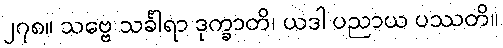
၂၇၈။ သဗ္ဗေ သင်္ခါရာ ဒုက္ခာတိ၊ ယဒါ ပညာယ ပဿတိ။